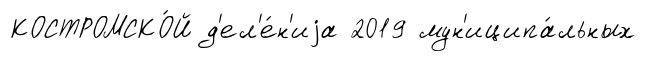
КОСТРОМСКО́Й д'ел'е́н'иjа 2019 мун'иципа́льных